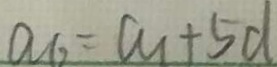
a _ { 6 } = a _ { 1 } + 5 d